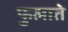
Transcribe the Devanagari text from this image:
फुलाते